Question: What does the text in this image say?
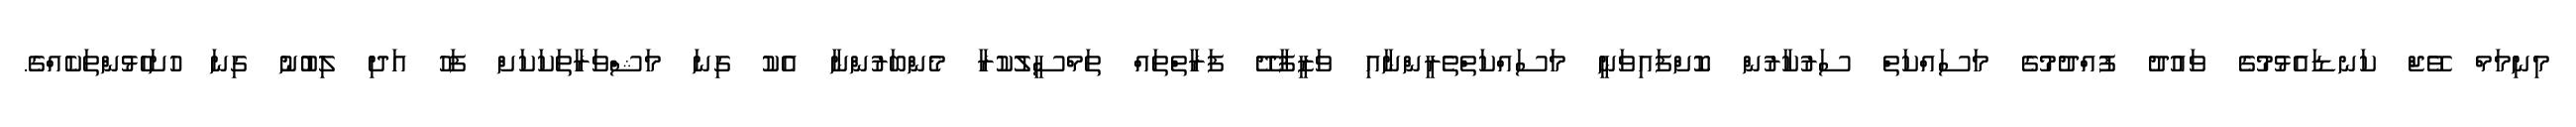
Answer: މިނިމަމް ވޭޖް ކަނޑައެޅުމުގެ ވައުދު ފުއްދުމުގެ މަސައްކަތް ސަރުކާރުން ކޮށްފައިވަނީ މަސައްކަތްތެރީންނާއި ވަޒީފާދޭ ފަރާތްތައް ތަމްސީލުކުރާ މެންބަރުންނާ އެކު ގިނަ މަޝްވަރާތަކަކަށް ފަހު އަދި ލިބުނު ގިނަ ހުށަހެޅުންތަކެއްގެ.